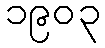
၁၉၀၃